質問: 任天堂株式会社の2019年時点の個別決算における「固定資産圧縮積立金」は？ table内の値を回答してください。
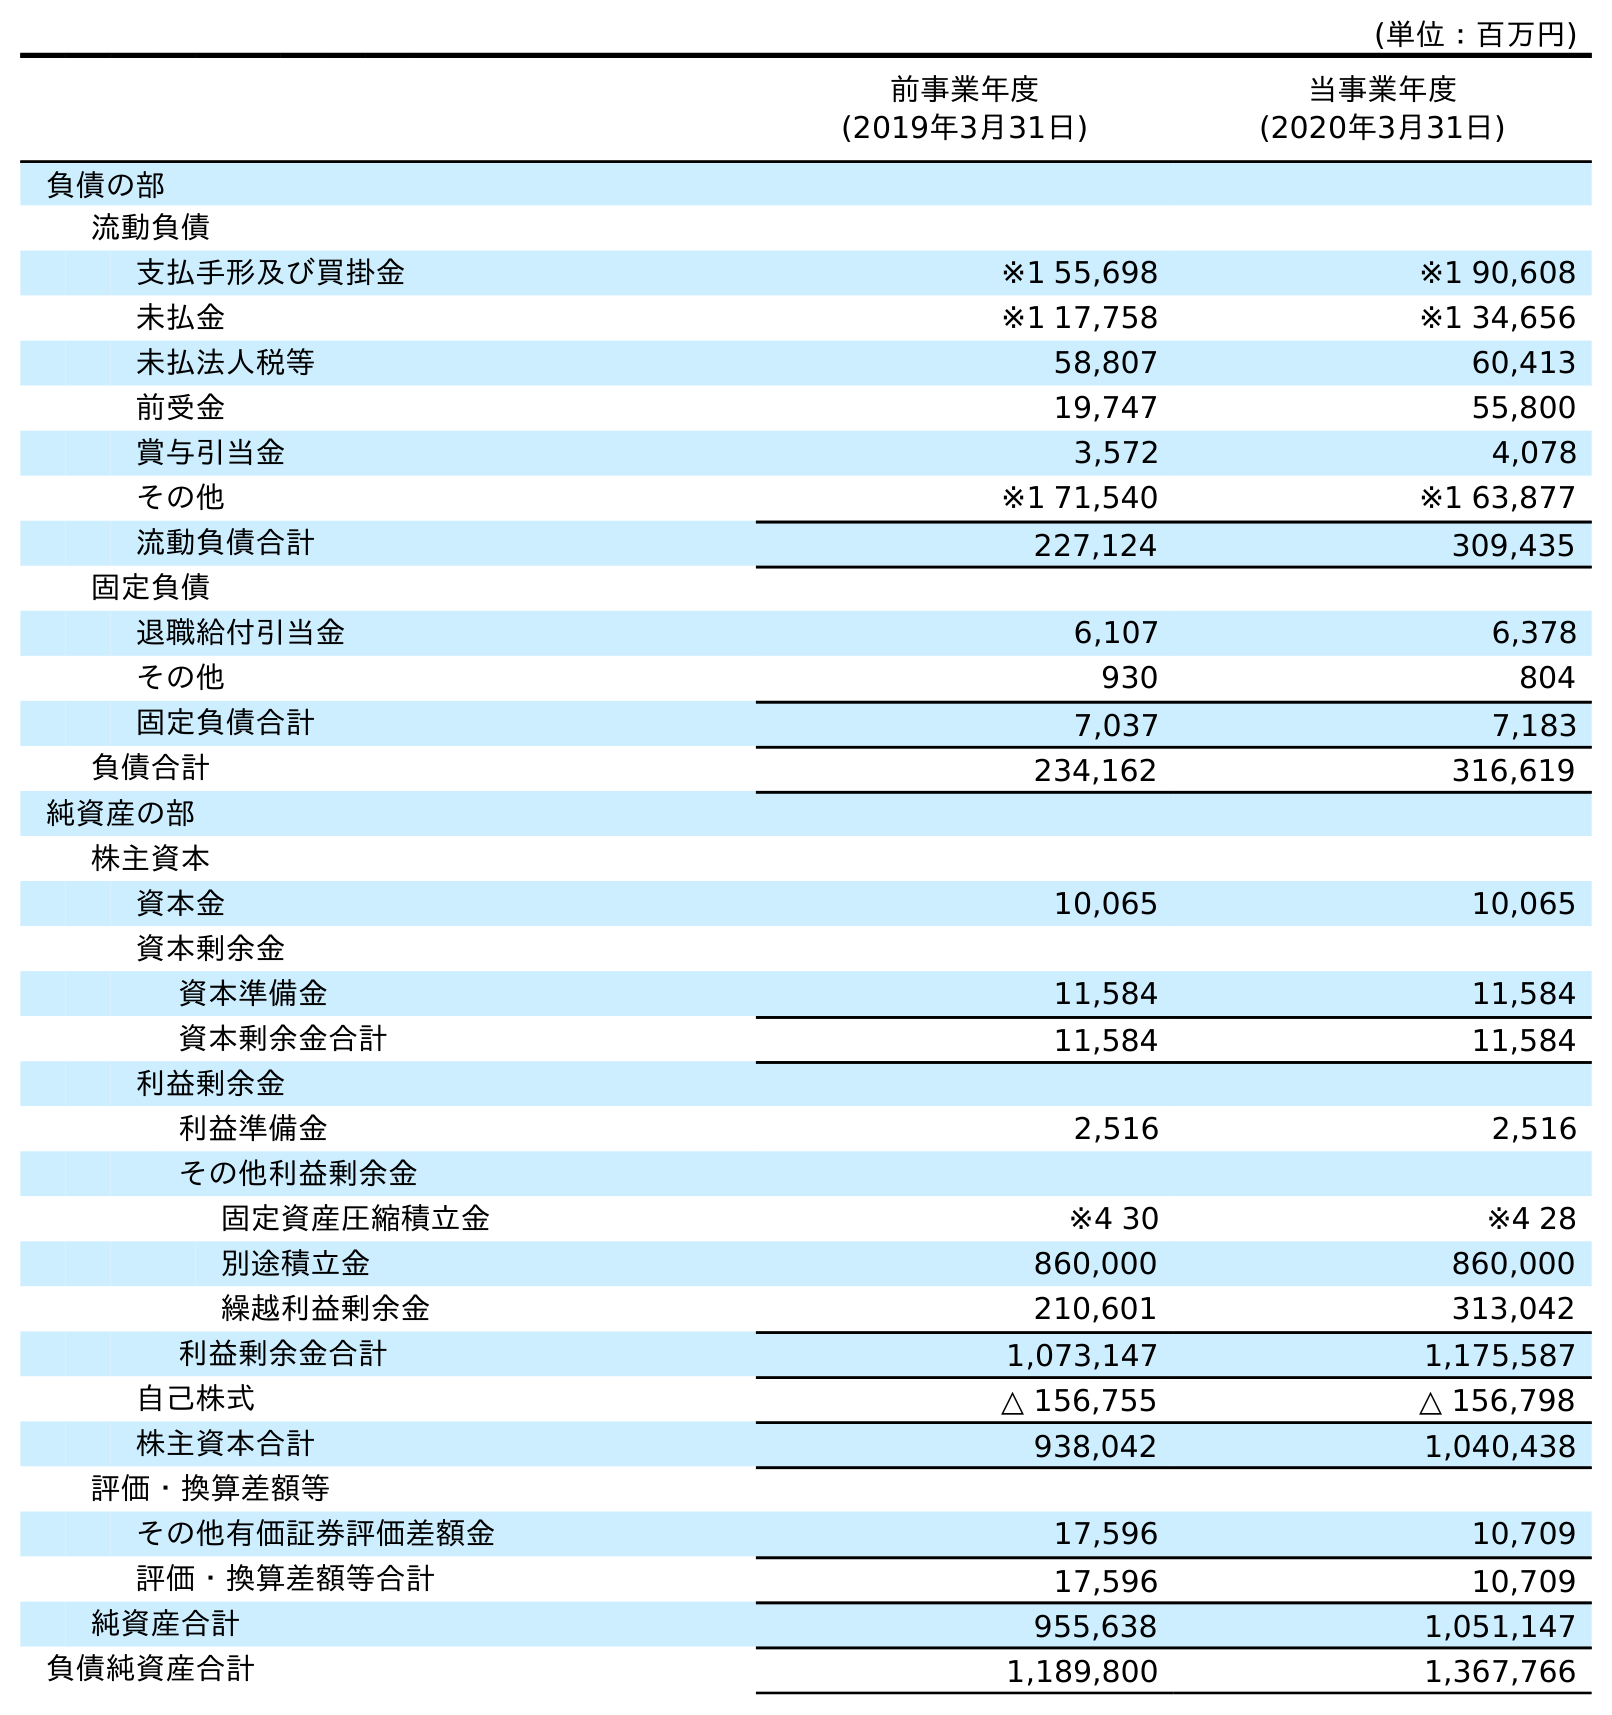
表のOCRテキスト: (単位：百万円) 前事業年度 (2019年3月31日) 当事業年度 (2020年3月31日) 負債の部 流動負債 支払手形及び買掛金 ※1 55,698 ※1 90,608 未払金 ※1 17,758 ※1 34,656 未払法人税等 58,807 60,413 前受金 19,747 55,800 賞与引当金 3,572 4,078 その他 ※1 71,540 ※1 63,877 流動負債合計 227,124 309,435 固定負債 退職給付引当金 6,107 6,378 その他 930 804 固定負債合計 7,037 7,183 負債合計 234,162 316,619 純資産の部 株主資本 資本金 10,065 10,065 資本剰余金 資本準備金 11,584 11,584 資本剰余金合計 11,584 11,584 利益剰余金 利益準備金 2,516 2,516 その他利益剰余金 固定資産圧縮積立金 ※4 30 ※4 28 別途積立金 860,000 860,000 繰越利益剰余金 210,601 313,042 利益剰余金合計 1,073,147 1,175,587 自己株式 △ 156,755 △ 156,798 株主資本合計 938,042 1,040,438 評価・換算差額等 その他有価証券評価差額金 17,596 10,709 評価・換算差額等合計 17,596 10,709 純資産合計 955,638 1,051,147 負債純資産合計 1,189,800 1,367,766
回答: ※430